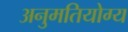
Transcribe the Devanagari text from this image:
अनुमतियोग्य